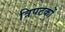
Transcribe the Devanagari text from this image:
त्रिपटकों